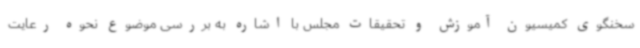
سخنگوی کمیسیون آموزش و تحقیقات مجلس با اشاره به بررسی موضوع نحوه رعایت